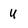
Character: U